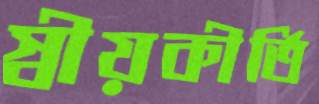
স্বীয়কীর্তি